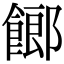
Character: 𩝢